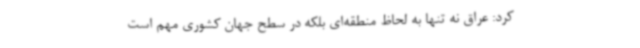
کرد: عراق نه تنها به لحاظ منطقه‌ای بلکه در سطح جهان کشوری مهم است